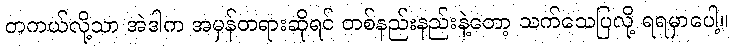
တကယ်လို့သာ အဲဒါက အမှန်တရားဆိုရင် တစ်နည်းနည်းနဲ့တော့ သက်သေပြလို့ ရရမှာပေါ့။